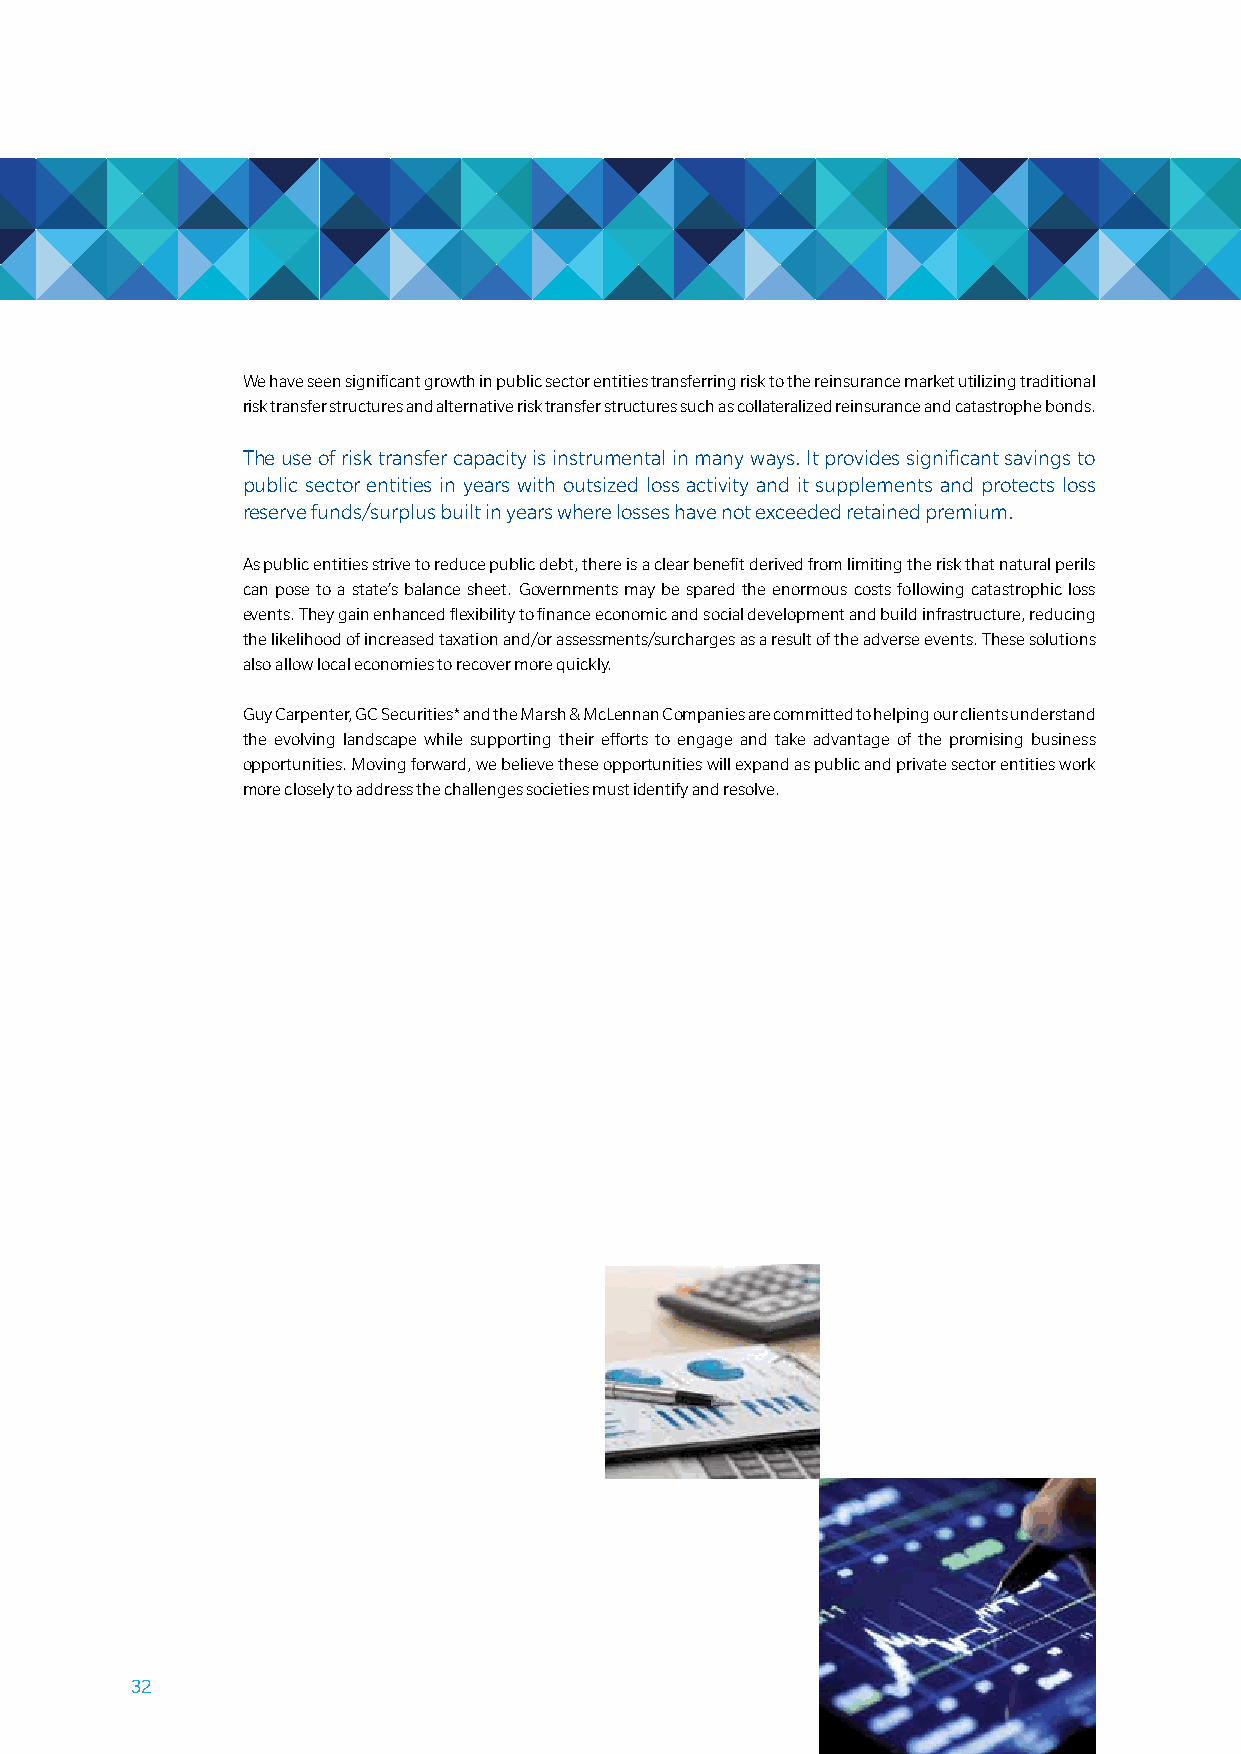
We have seen significant growth in public sector entities transferring risk to the reinsurance market utilizing traditional
 risk transfer structures and alternative risk transfer structures such as collateralized reinsurance and catastrophe bonds.
 the use of risk transfer capacity is instrumental in many ways. it provides significant savings to
 public sector entities in years with outsized loss activity and it supplements and protects loss
 reserve funds/surplus built in years where losses have not exceeded retained premium.
 as public entities strive to reduce public debt, there is a clear benefit derived from limiting the risk that natural perils
 can pose to a state’s balance sheet. governments may be spared the enormous costs following catastrophic loss
 events. they gain enhanced flexibility to finance economic and social development and build infrastructure, reducing
 the likelihood of increased taxation and/or assessments/surcharges as a result of the adverse events. these solutions
 also allow local economies to recover more quickly.
 guy carpenter, gc securities* and the marsh & mclennan companies are committed to helping our clients understand
 the evolving landscape while supporting their efforts to engage and take advantage of the promising business
 opportunities. moving forward, we believe these opportunities will expand as public and private sector entities work
 more closely to address the challenges societies must identify and resolve.
 32